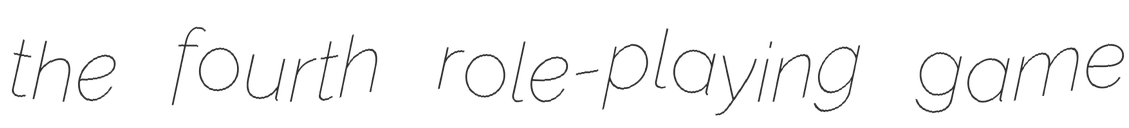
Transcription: the fourth role-playing game